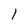
Character: l